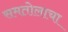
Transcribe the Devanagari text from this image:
समतोलाचा